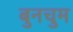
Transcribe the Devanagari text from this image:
बुनचुम